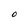
Character: O